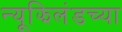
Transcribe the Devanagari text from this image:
न्यूझिलंडच्या